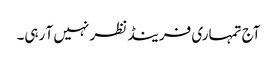
آج تمہاری فرینڈ نظر نہیں آ رہی۔